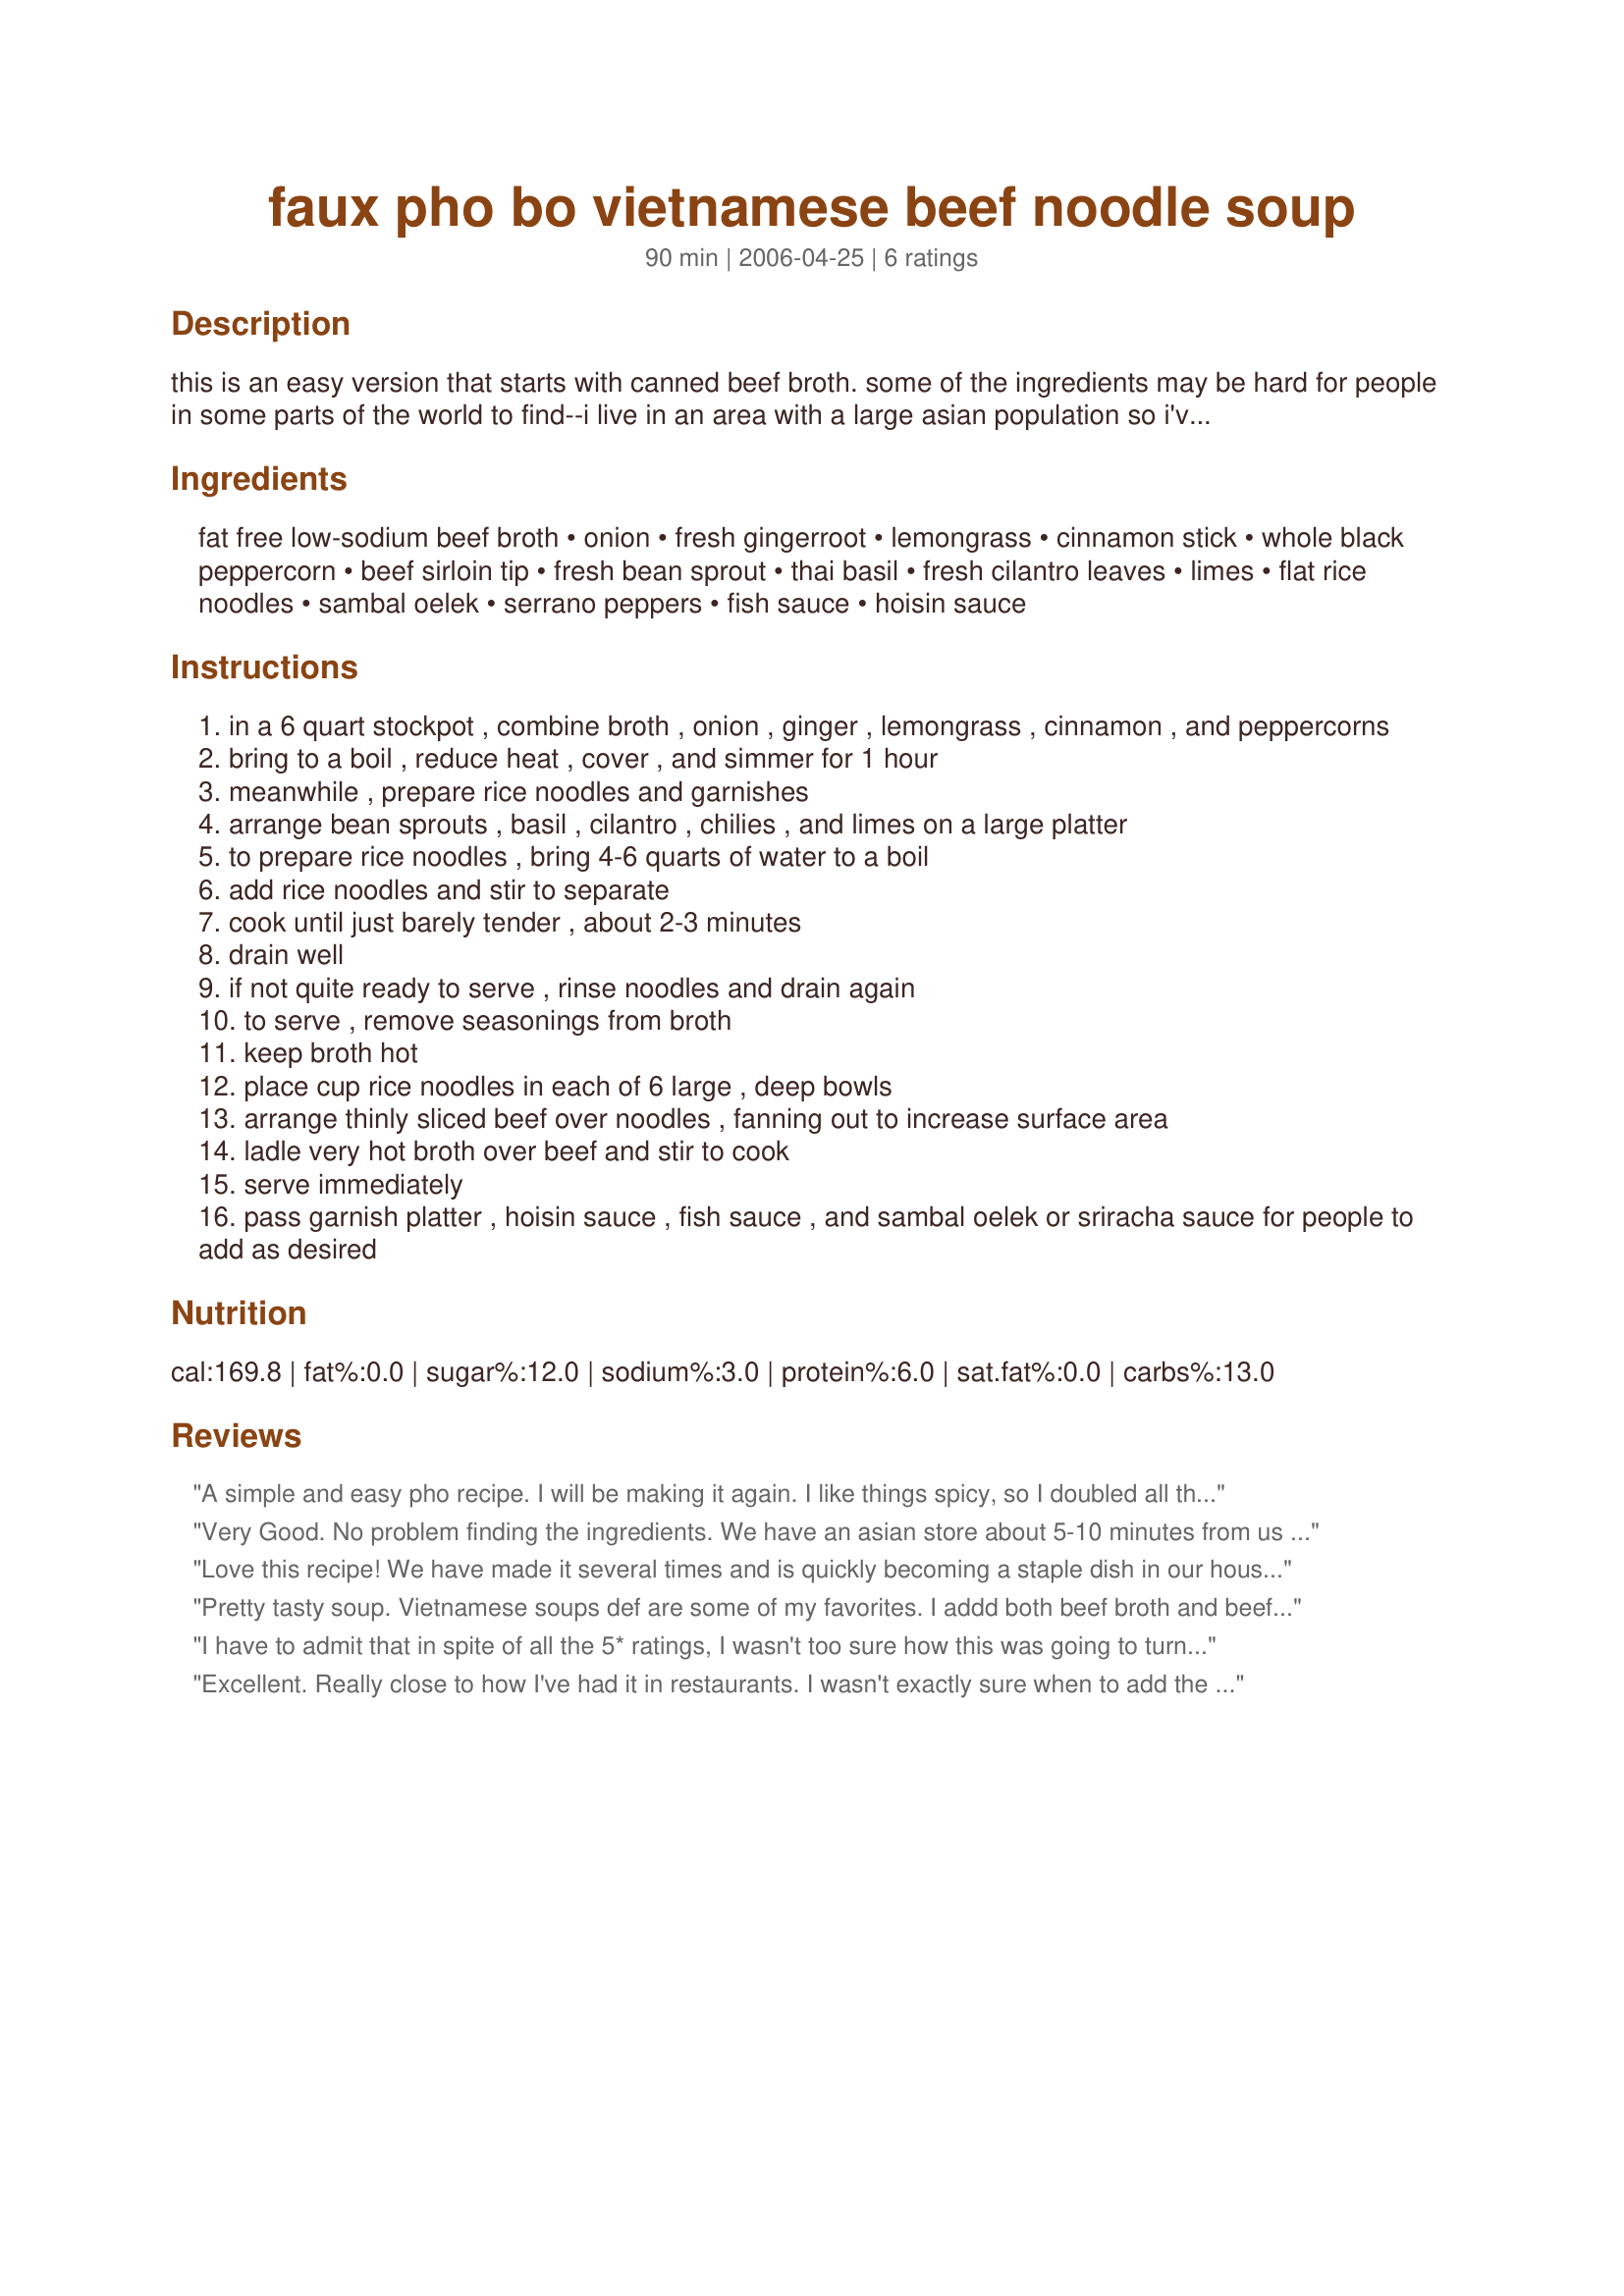
faux pho bo vietnamese beef noodle soup
Preparation time: 90 minutes

this is an easy version that starts with canned beef broth. some of the ingredients may be hard for people in some parts of the world to find--i live in an area with a large asian population so i've never had any trouble myself. be careful when using the sriracha or sambal oelek, as they are very hot. fish sauce, to the uninitiated, smells really awful--but it doesn't taste like it smells. once you've added it to your soup, you won't smell it nearly so strongly and it adds a pleasant, salty, seafood-y flavor to your food.

Ingredients:
fat free low-sodium beef broth, onion, fresh gingerroot, lemongrass, cinnamon stick, whole black peppercorn, beef sirloin tip, fresh bean sprout, thai basil, fresh cilantro leaves, limes, flat rice noodles, sambal oelek, serrano peppers, fish sauce, hoisin sauce

Steps:
in a 6 quart stockpot , combine broth , onion , ginger , lemongrass , cinnamon , and peppercorns
bring to a boil , reduce heat , cover , and simmer for 1 hour
meanwhile , prepare rice noodles and garnishes
arrange bean sprouts , basil , cilantro , chilies , and limes on a large platter
to prepare rice noodles , bring 4-6 quarts of water to a boil
add rice noodles and stir to separate
cook until just barely tender , about 2-3 minutes
drain well
if not quite ready to serve , rinse noodles and drain again
to serve , remove seasonings from broth
keep broth hot
place cup rice noodles in each of 6 large , deep bowls
arrange thinly sliced beef over noodles , fanning out to increase surface area
ladle very hot broth over beef and stir to cook
serve immediately
pass garnish platter , hoisin sauce , fish sauce , and sambal oelek or sriracha sauce for people to add as desired

Reviews:
A simple and easy pho recipe. I will be making it again. I like things spicy, so I doubled all the spices and added a star anise and 1/2 tsp of corriander seeds to the broth mixture as I had it on hand and noticed the ingrediants in other pho bo recipes. I put all spices for the broth inside tea bags that I use for loose tea. I just had to toss out the tea bags, and I was left with the clear flavorful broth. I really like the idea of adding the sodium rich ingrediants to your bowl to your taste. Pho is usually so high in sodium, that being able to produce a lower sodium version was wonderful. Many thanks!
Very Good. No problem finding the ingredients. We have an asian store about 5-10 minutes from us .Thanks for a great dish.

leanne
Love this recipe! We have made it several times and is quickly becoming a staple dish in our house. I can never seem to cut the beef as thin as I like, so I keep it a little thicker and toss it in the pot during last few minutes to cook. Delish soup!
Pretty tasty soup. Vietnamese soups def are some of my favorites. I addd both beef broth and beef stock. I also added about 1.5" of diced up fresh ginger and an extra stock of lemon grass. I didn't have any lime, so next time I may add that. Also, I added rice stick noodles instead of flat rice noodles since they were the only ones I had. I added probably 2-3 tablespoons of Sriracha hot sauce too. I added probably 1-2 tbsp of Hoisin sauce to the broth while it simmers.
I have to admit that in spite of all the 5* ratings, I wasn't too sure how this was going to turn out. Pho has such a complex flavor and the Vietnamese recipes I've seen talk about using things like oxtails and having to simmer the broth all day long, etc., but this was FANTASTIC! Simple, easy, and still complex in flavor. Thanks!
Excellent. Really close to how I've had it in restaurants. I wasn't exactly sure when to add the fish and hoisin sauce so I just t
